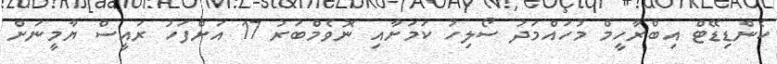
ކެންޑިޑޭޓް އިބްރާހީމް މުހައްމަދު ސޯލިހު ކަމަށާއި ނޮވެމްބަރު 17 އަށްފަހު ރައީސް ޔާމީނަށް